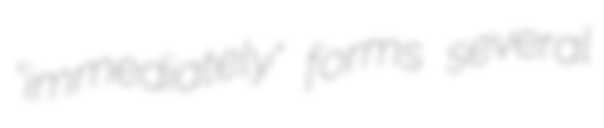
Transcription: "immediately" forms several